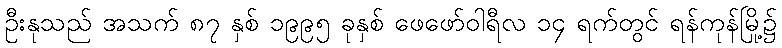
ဦးနုသည် အသက် ၈၇ နှစ် ၁၉၉၅ ခုနှစ် ဖေဖော်ဝါရီလ ၁၄ ရက်တွင် ရန်ကုန်မြို့၌